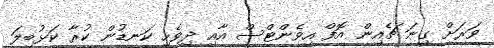
ވަރަށް ގިނަ ޗެއިން އޮފް އިވެންޓްސް އާއި ދިވެހި ކަނޑުން ކުރާ ކަޅުބިލަ